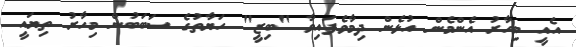
އެއީ މިހާރު އެންމެން އުޅެން ދިމާވެފައިވާ "ބިޒީ" ހަޔާތުގެ ސަބަބުން މިހާރު ތިޔައީ